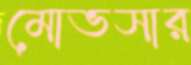
মোভসার